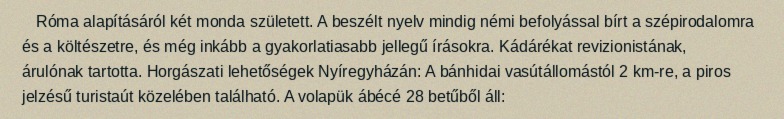
Róma alapításáról két monda született. A beszélt nyelv mindig némi befolyással bírt a szépirodalomra és a költészetre, és még inkább a gyakorlatiasabb jellegű írásokra. Kádárékat revizionistának, árulónak tartotta. Horgászati lehetőségek Nyíregyházán: A bánhidai vasútállomástól 2 km-re, a piros jelzésű turistaút közelében található. A volapük ábécé 28 betűből áll: